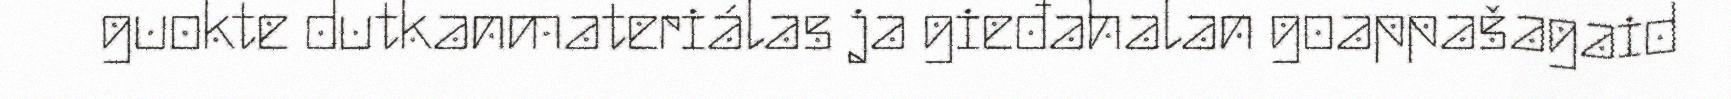
guokte dutkanmateriálas ja gieđahalan goappašagaid